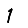
Digit: 1